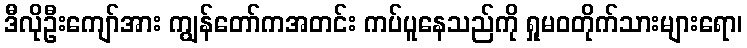
ဒီလိုဦးကျော်အား ကျွန်တော်ကအတင်း ကပ်ပူနေသည်ကို ရှုမဝတိုက်သားများရော၊